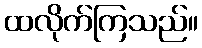
ထလိုက်ကြသည်။